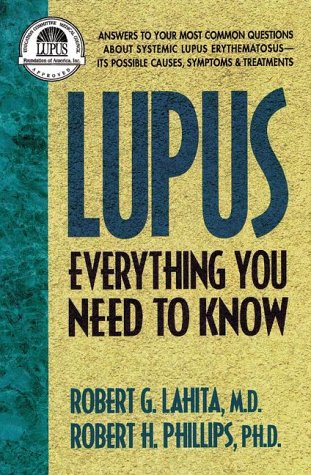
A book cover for Lupus; Robert G. Lahita; Health, Fitness & Dieting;